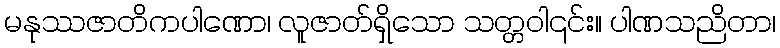
မနုဿဇာတိကပါဏော၊ လူဇာတ်ရှိသော သတ္တဝါ၎င်း။ ပါဏသညိတာ၊